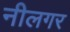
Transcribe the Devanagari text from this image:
नीलगर